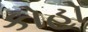
કોહો